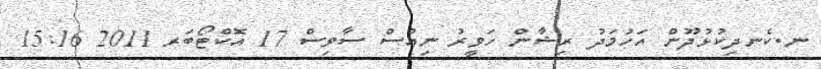
ނ.ކެނދިކުޅުދޫން އަހުމަދު ރިޝާން ހަވީރު ނިއުސް ސާވިސް 17 އޮކްޓޯބަރ 2011 15:16